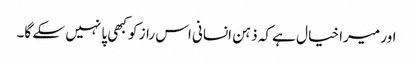
اور میرا خیا ل ہے کہ ذہن انسانی اس راز کو کبھی پا نہیں سکے گا۔